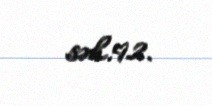
səh.92.